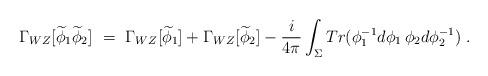
LaTeX: \begin{align*}\Gamma_{WZ}[\widetilde{\phi}_1 \widetilde{\phi}_2]\ =\ \Gamma_{WZ}[\widetilde{\phi}_1] + \Gamma_{WZ}[\widetilde{\phi}_2] -\frac{i}{4\pi}\int_\Sigma Tr(\phi^{-1}_1d\phi_1 \,\phi_2d\phi^{-1}_2)\ .\end{align*}